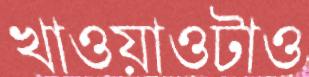
খাওয়াওটাও